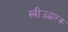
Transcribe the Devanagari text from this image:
स्त्रीउद्धारक